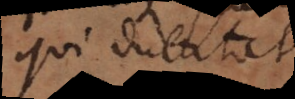
qui dubitat